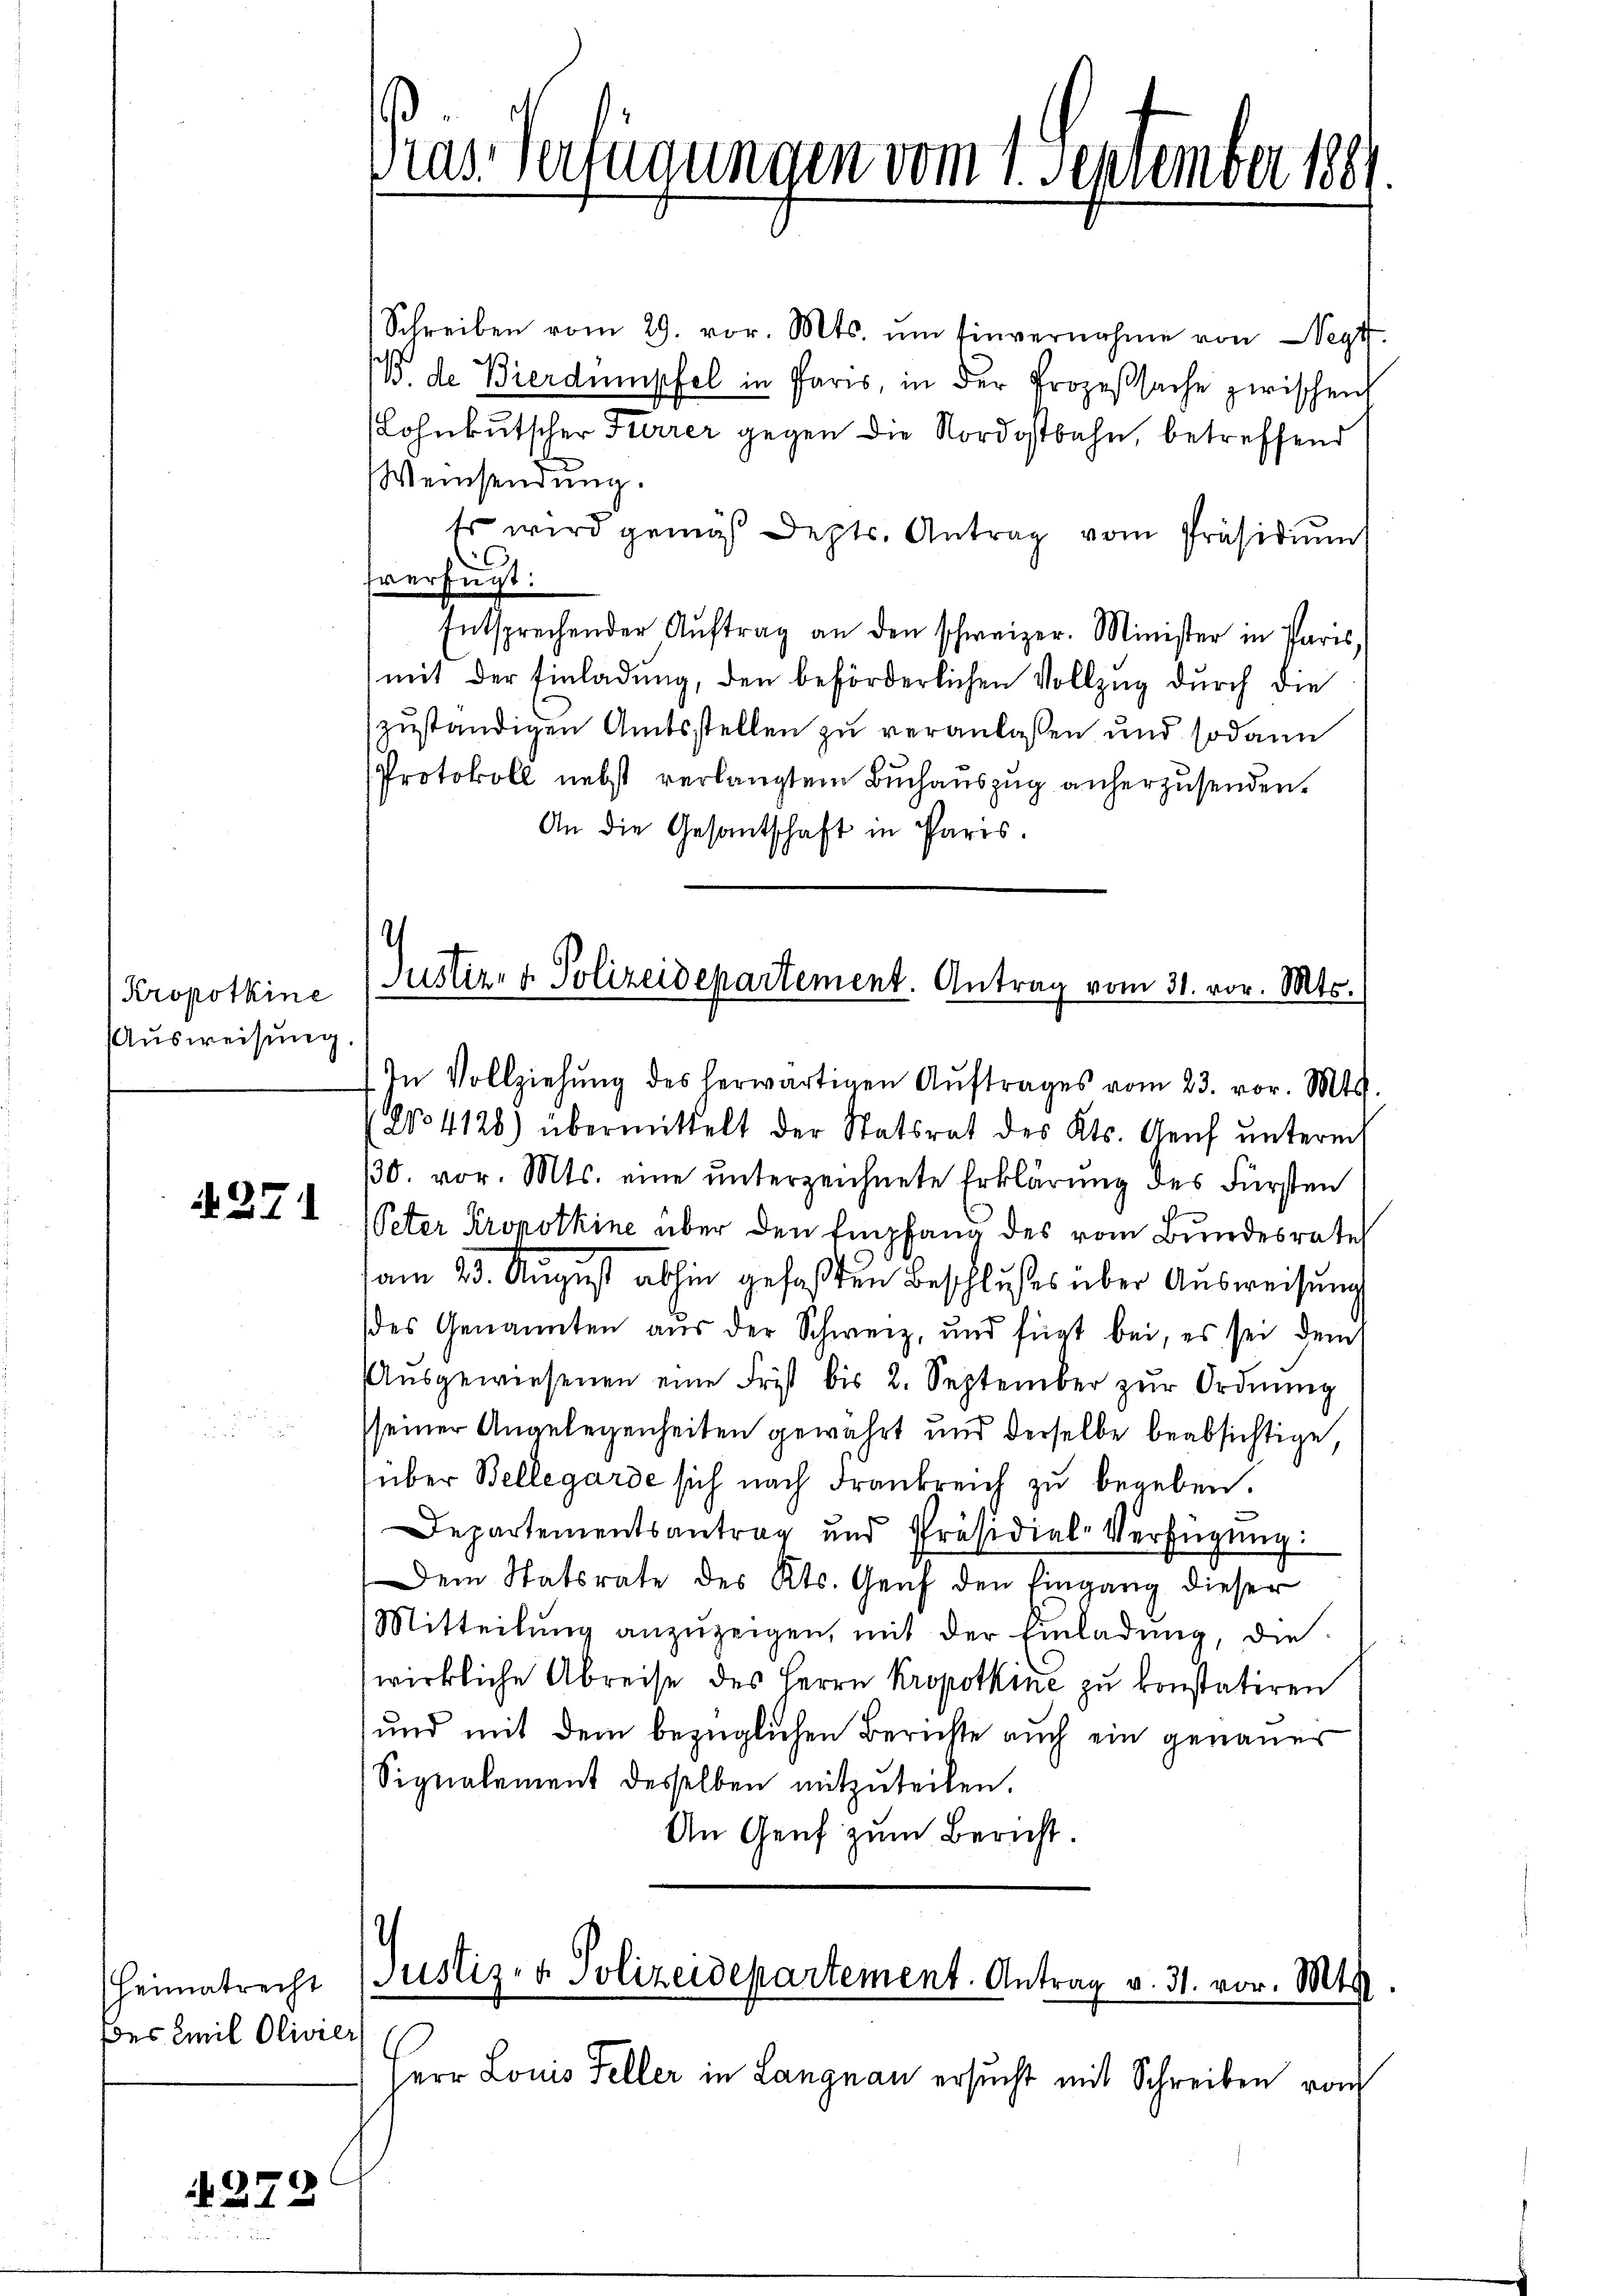
Kropotkine
Ausweisung.

. 27

Heimatrecht
des Emil Olivier

272

Schreiben vom 29. vor. Mts. ŭm Einvernahme von Sept.
B. de Bierdumpfel in Paris, in der Prozeßsache zwischen
(Lohnkutscher Furrer gegen die Nordostbahn, betreffend
Weinsendung.
Es wird gemäß depts. Antrag vom Präsidiŭm
fverfügt:
Entsprechender Aŭftrag an den schweizer. Minister in Paris,
mit der Einladŭng, den beförderlichen Vollzug durch die
zuständigen Amtsstellen zu veranlassen und sodann
Protokoll nebst verlangtem Buchauszug anherzusenden.
An die Gesantschaft in Paris.

ias Verfügungen vom 1. September 188

In Vollziehŭng des herwärtigen Aŭftrages vom 23. vor. Mts.
(No. 4128) übermittelt der Statsrat des Kts. Genf unterm
130. vor. Mts. eine unterzeichnete Erklärung des Fürsten
Peter Kropotkine über den Empfang des vom Bundesrate
am 23. August abhin gefaßten Beschlußes über Ausweisung
des Genannten aus der Schweiz, und fügt bei, es sei dem
Aŭsgewiesenen eine Frist bis 2. September zŭr Ordnŭng
seiner Angelegenheiten gewährt und derselbe beabsichtige
über Bellegarde sich nach Frankreich zu begeben.
Departementsantrag und Präsidial-Verfügung:
Dem Statsrate des Kts. Genf den Eingang dieser
Mitteilŭng anzŭzeigen, mit der Einladŭng, die
wirkliche Abreise des Herrn Kropotkine zu konstatiren
und mit dem bezüglichen Berichte auch ein genauer
Signalement desselben mitzuteilen.
An Genf zum Bericht.

Justiz- u. Polizeidepartement. Antrag vom 31. vor. Mts.

Justiz- & Polizeidepartement. Antrag v. 31. vor. Mts.

Herr Louis Feller in Langnau ersucht mit Schreiben von